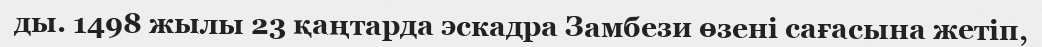
ды. 1498 жылы 23 қаңтарда эскадра Замбези өзені сағасына жетіп,